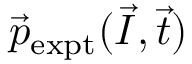
\vec { p } _ { \mathrm { e x p t } } ( \vec { I } , \vec { t } )